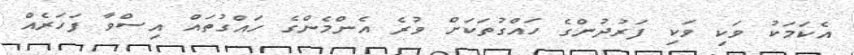
އެކަމަކު ވަކި ވަކި ފަރުދުންގެ ހައްގުތަކަށް ވުރެ އެންމެންގެ ހައްގުތައް އިސްވާ ފަހަރެއް